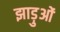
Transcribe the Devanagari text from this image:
झाड़ुओं